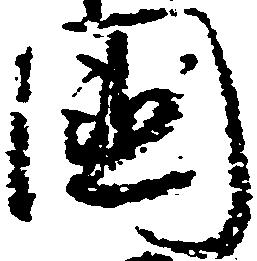
国